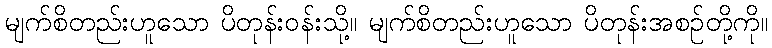
မျက်စိတည်းဟူသော ပိတုန်းဝန်းသို့။ မျက်စိတည်းဟူသော ပိတုန်းအစဉ်တို့ကို။